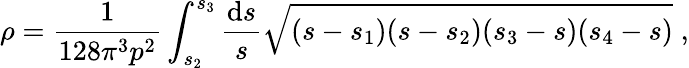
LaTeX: \rho=\frac{1}{128\pi^{3}p^{2}}\int_{s_{2}}^{s_{3}}\frac{\mathrm{d}s}{s}\sqrt{(s-s_{1})(s-s_{2})(s_{3}-s)(s_{4}-s)}\; ,